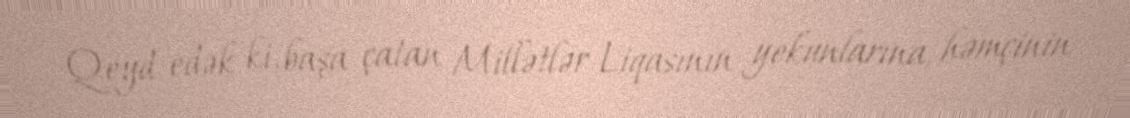
Qeyd edək ki, başa çatan Millətlər Liqasının yekunlarına, həmçinin